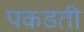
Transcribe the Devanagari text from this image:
पकडती